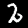
Digit: 2